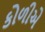
કોળીએ